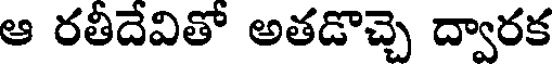
ఆ రతీదేవితో అతడొచ్చె ద్వారక